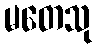
မတေသု